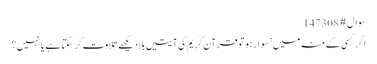
سوال # 147308
اگر کسی کے منہ میں نسوار ہو تو قرآن کریم کی آیتیں بلا دیکھے تلاوت کر سکتا ہے یا نہیں؟